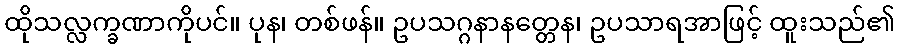
ထိုသလ္လက္ခဏာကိုပင်။ ပုန၊ တစ်ဖန်။ ဥပသဂ္ဂနာနတ္တေန၊ ဥပသာရအာဖြင့် ထူးသည်၏